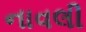
નાવલી